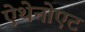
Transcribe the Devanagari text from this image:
ऐथेनोएट